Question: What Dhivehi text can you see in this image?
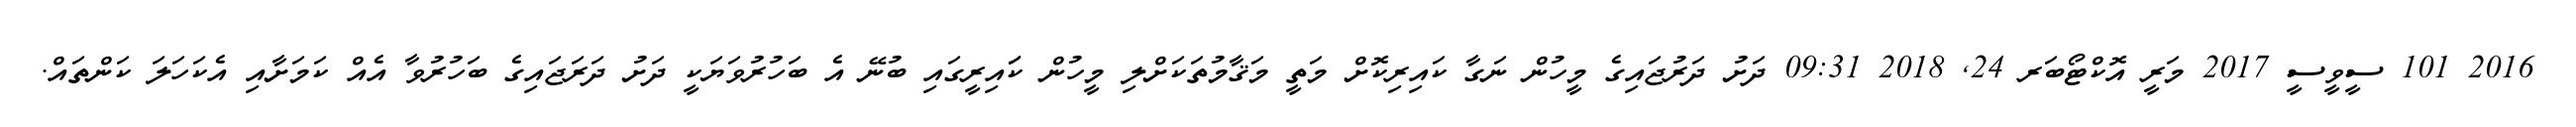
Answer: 2016 101 ސީވީސީ 2017 މަރީ އޮކްޓޯބަރ 24, 2018 09:31 ދަށު ދަރުޖައިގެ މީހުން ނަގާ ކައިރިކޮށް މަތީ މަޤާމުތަކަށްލި މީހުން ކަައިރީގައި ބުނޭ އެ ބަހުރުވަޔަކީ ދަށު ދަރަޖައިގެ ބަހުރުވާ އެއް ކަމަށާއި އެކަހަލަ ކަންތައް.